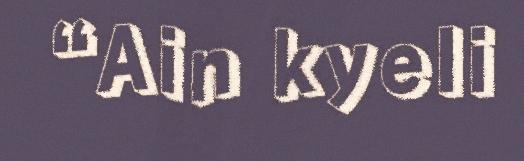
“Ain kyeli